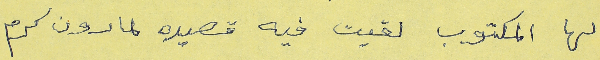
لها المكتوب لقيت فيه قصيده لمارون كرم